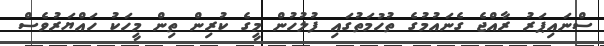
ސްނައިޕަރު ރާއްޖެ ގެނައުމުގެ ތުހުމަތުގައި ފުލުހުން މީގެ ކުރިން ތިން މީހަކު ހައްޔަރުވެސް